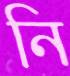
নি